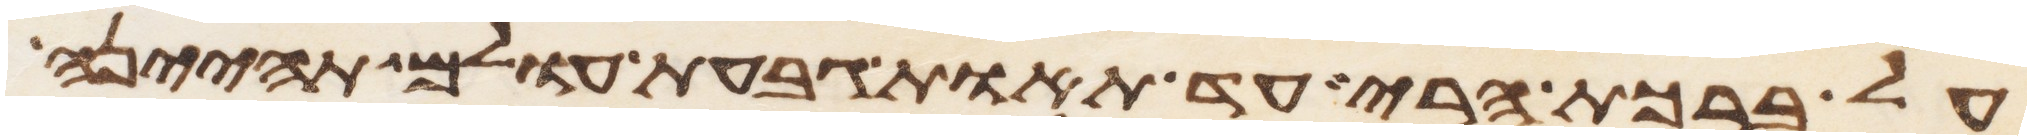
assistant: על ברכת הרי עד תאות גבעת עולם תהינה